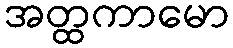
အတ္ထကာမော